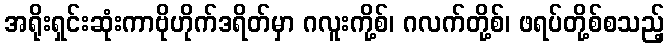
အရိုးရှင်းဆုံးကာဗိုဟိုက်ဒရိတ်မှာ ဂလူးကို့စ်၊ ဂလက်တို့စ်၊ ဖရပ်တို့စ်စသည့်